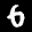
Label: 6